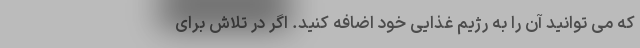
که می توانید آن را به رژیم غذایی خود اضافه کنید. اگر در تلاش برای